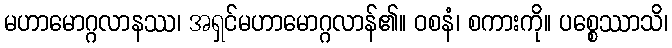
မဟာမောဂ္ဂလာနဿ၊ အရှင်မဟာမောဂ္ဂလာန်၏။ ဝစနံ၊ စကားကို။ ပစ္စေဿာသိ၊